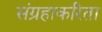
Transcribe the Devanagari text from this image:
संग्रहाकरिता